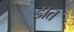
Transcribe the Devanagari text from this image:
डात